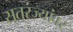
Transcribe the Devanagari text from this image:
सतरंज्यांवर